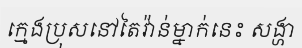
ក្មេងប្រុសនៅតៃវ៉ាន់ម្នាក់នេះ សង្ហា